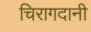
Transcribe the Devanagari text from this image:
चिरागदानी